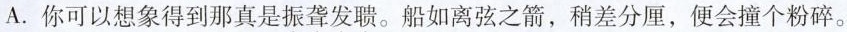
A.你可以想象得到那真是振聋发聩。船如离弦之箭，稍差分厘，便会撞个粉碎。